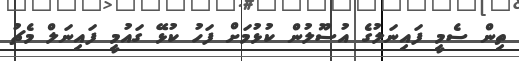
ތިން ސެމީ ފައިނަލުގެ އުސޫލުން ކުޅުމަށް ފަހު ކުޅޭ ގައުމީ ފައިނަލް މެޗު